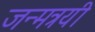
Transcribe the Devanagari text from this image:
जन्मत्रयी